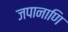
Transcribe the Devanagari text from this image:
जपानाणि